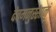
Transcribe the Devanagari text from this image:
देवमनुस्सानं